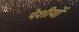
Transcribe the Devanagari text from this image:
पेशीयोँ